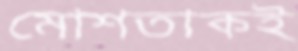
মোশতাকই